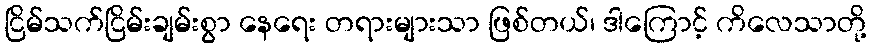
ငြိမ်သက်ငြိမ်းချမ်းစွာ နေရေး တရားများသာ ဖြစ်တယ်၊ ဒါကြောင့် ကိလေသာတို့